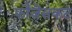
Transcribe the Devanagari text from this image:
फौजेसकट